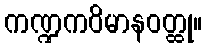
ကဏ္ဍကဝိမာနဝတ္ထု။